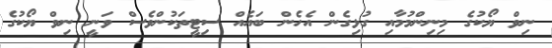
ނިވް ޔޯކުގެ މިނިންމުމާއި ގުޅިގެން އެހެން ބައެއް ސިޓީތަކުންވެސް ވަނީ ނިވް ޔޯކުގެ